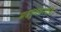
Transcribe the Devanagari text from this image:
माडगुळकरयांनी